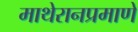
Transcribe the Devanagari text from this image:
माथेरानप्रमाणे